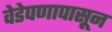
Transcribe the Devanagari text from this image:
वेडेपणापासून